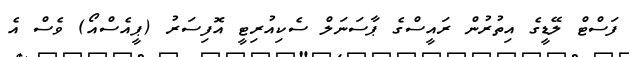
ފަސްޓް ލޭޑީގެ އިތުރުން ރައީސްގެ ޕާސަނަލް ސެކިއުރިޓީ އޮފިސަރު (ޕީއެސްއޯ) ވެސް އެ